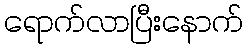
ရောက်လာပြီးနောက်